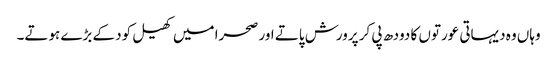
وہاں وہ دیہاتی عورتوں کا دودھ پی کر پرورش پاتے اور صحرا میں کھیل کود کے بڑے ہوتے۔